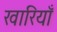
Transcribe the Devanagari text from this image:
खारियाँ